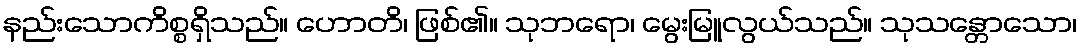
နည်းသောကိစ္စရှိသည်။ ဟောတိ၊ ဖြစ်၏။ သုဘရော၊ မွေးမြူလွယ်သည်။ သုသန္တောသော၊